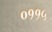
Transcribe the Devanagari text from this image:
०११५